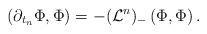
LaTeX: \begin{align*}\left(\partial_{t_n}\Phi,\Phi\right)=-(\mathcal{L}^n)_-\left(\Phi,\Phi\right).\end{align*}